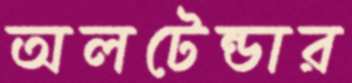
অলটেন্ডার